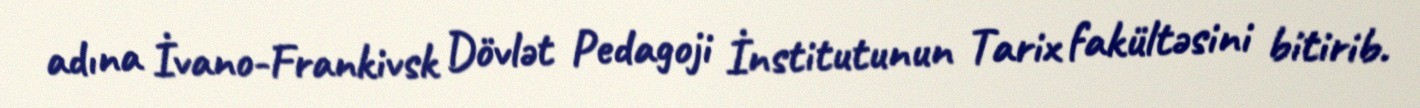
adına İvano-Frankivsk Dövlət Pedagoji İnstitutunun Tarix fakültəsini bitirib.